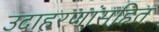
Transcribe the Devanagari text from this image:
उदाहरणांसहित